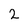
Character: 2